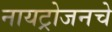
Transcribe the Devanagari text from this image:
नायट्रोजनचे